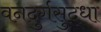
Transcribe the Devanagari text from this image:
वनदुर्गसुद्धा